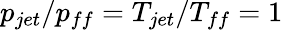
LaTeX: p_{jet}/p_{ff}=T_{jet}/T_{ff}=1